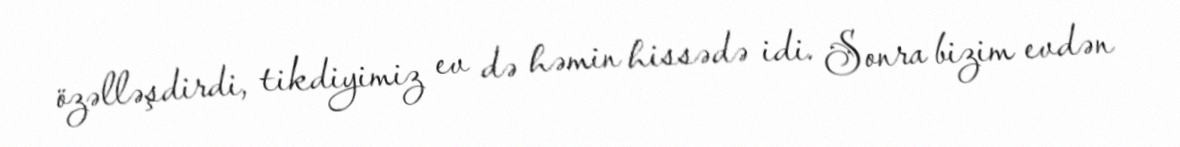
özəlləşdirdi, tikdiyimiz ev də həmin hissədə idi. Sonra bizim evdən